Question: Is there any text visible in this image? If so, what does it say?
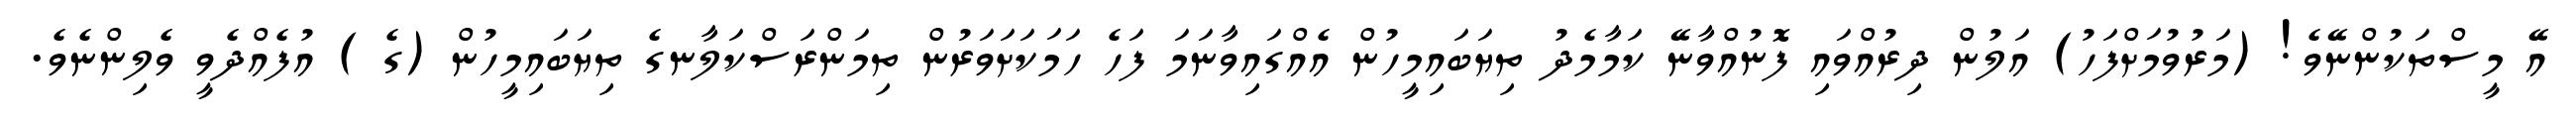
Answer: އޭ މީސްތަކުންނޭވެ! (މަރުވުމަށްފަހު) އަލުން ދިރުއްވައި ފޮނުއްވާނޭ ކަމާމެދު ތިޔަބައިމީހުން އެއްގައިވާނަމަ ފަހެ ހަމަކަށަވަރުން ތިމަންރަސްކަލާނގެ ތިޔަބައިމީހުން (ގެ ) އުފެއްދެވީ ވެލިންނެވެ.